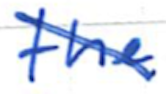
Text: the
Cross-out: diagonal
Writing tool: ballpoint